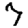
Digit: 7